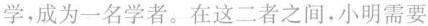
学，成为一名学者。在这二者之间，小明需要